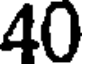
40